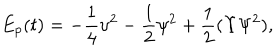
E _ { p } ( t ) = - \frac { 1 } { 4 } \upsilon ^ { 2 } - \frac 1 2 \psi ^ { 2 } + \frac { 1 } { 2 } ( \Upsilon \Psi ^ { 2 } ) ,